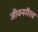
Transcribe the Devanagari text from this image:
जीवनगैरव